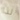
لذا